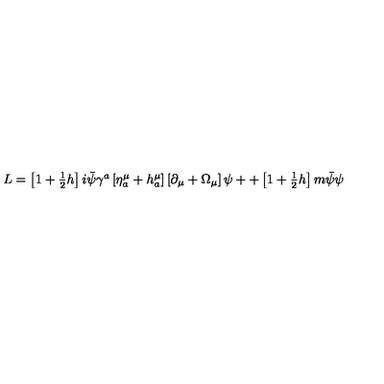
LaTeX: \begin{array} { c } { L = \left[ 1 + \frac 1 2 h \right] i \bar { \psi } \gamma ^ { a } \left[ \eta _ { a } ^ { \mu } + h _ { a } ^ { \mu } \right] \left[ \partial _ { \mu } + \Omega _ { \mu } \right] \psi + + \left[ 1 + \frac 1 2 h \right] m \bar { \psi } \psi } \\ \end{array}